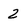
Character: 2